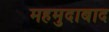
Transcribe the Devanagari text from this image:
महमुदाबाद